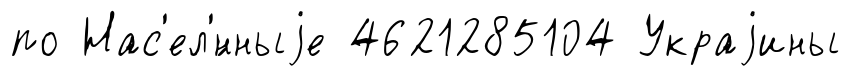
по Нас'ел'́нныjе 4621285104 Украjины